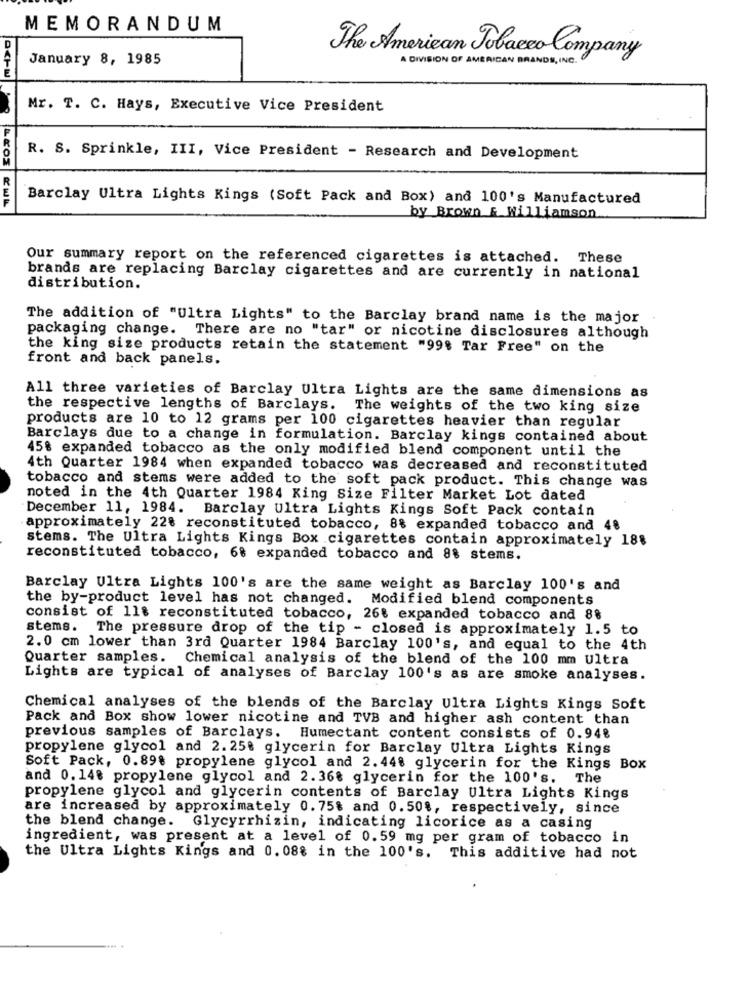
MEMORANDUM
January 8, 1985
The American Tobacco Company
A DIVISION OF AMERICAN BRANDS, INC.
Mr. T. C. Hays, Executive Vice President
R. S. Sprinkle, III, Vice President - Research and Development
Barclay Ultra Lights Kings (Soft Pack and Box) and 100's Manufactured
by Brown & Williamson
Our summary report on the referenced cigarettes is attached. These
brands are replacing Barclay cigarettes and are currently in national
distribution.
The addition of "Ultra Lights" to the Barclay brand name is the major
packaging change. There are no "tar" or nicotine disclosures although
the king size products retain the statement "998 Tar Free" on the
front and back panels.
All three varieties of Barclay Ultra Lights are the same dimensions as
the respective lengths of Barclays. The weights of the two king size
products are 10 to 12 grams per 100 cigarettes heavier than regular
Barclays due to a change in formulation. Barclay kings contained about
45% expanded tobacco as the only modified blend component until the
4th Quarter 1984 when expanded tobacco was decreased and reconstituted
tobacco and stems were added to the soft pack product. This change was
noted in the 4th Quarter 1984 King Size Filter Market Lot dated
December 11, 1984. Barclay Ultra Lights Kings Soft Pack contain
approximately 228 reconstituted tobacco, 8% expanded tobacco and 4%
stems. The Ultra Lights Kings Box cigarettes contain approximately 18%
reconstituted tobacco, 68 expanded tobacco and 8% stems.
Barclay Ultra Lights 100's are the same weight as Barclay 100's and
the by-product level has not changed.
Modified blend components
consist of 11% reconstituted tobacco, 26% expanded tobacco and 8%
stems. The pressure drop of the tip - closed is approximately 1.5 to
2.0 cm lower than 3rd Quarter 1984 Barclay 100's, and equal to the 4th
Quarter samples. Chemical analysis of the blend of the 100 mm Ultra
Lights are typical of analyses of Barclay 100's as are smoke analyses.
Chemical analyses of the blends of the Barclay Ultra Lights Kings Soft
Pack and Box show lower nicotine and TVB and higher ash content than
previous samples of Barclays. Humectant content consists of 0.94%
propylene glycol and 2. 25% glycerin for Barclay Ultra Lights Kings
Soft Pack, 0.898 propylene glycol and 2.448 glycerin for the Kings Box
and 0. 140 propylene glycol and 2.36% glycerin for the 100's. The
propylene glycol and glycerin contents of Barclay Ultra Lights Kings
are increased by approximately 0.75% and 0.50%, respectively, since
the blend change. Glycyrrhizin, indicating licorice as a casing
ingredient, was present at a level of 0.59 mg per gram of tobacco in
the Ultra Lights Kings and 0. 08% in the 100's. This additive had not